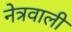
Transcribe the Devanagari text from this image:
नेत्रवाली